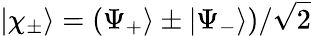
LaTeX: |\chi_{\pm}\rangle=(\Psi_{+}\rangle\pm|\Psi_{-}\rangle)/\sqrt{2}